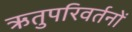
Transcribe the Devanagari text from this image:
ऋतुपरिवर्तनों